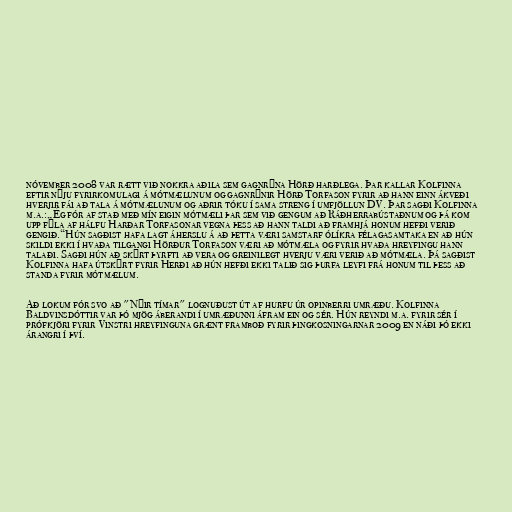
nóvember 2008 var rætt við nokkra aðila sem gagnrýna Hörð harðlega. Þar kallar Kolfinna
eftir nýju fyrirkomulagi á mótmælunum og gagnrýnir Hörð Torfason fyrir að hann einn ákveði
hverjir fái að tala á mótmælunum og aðrir tóku í sama streng í umfjöllun DV. Þar sagði Kolfinna
m.a.:„Ég fór af stað með mín eigin mótmæli þar sem við gengum að Ráðherrabústaðnum og þá kom
upp fýla af hálfu Harðar Torfasonar vegna þess að hann taldi að framhjá honum hefði verið
gengið.“Hún sagðist hafa lagt áherslu á að þetta væri samstarf ólíkra félagasamtaka en að hún
skildi ekki í hvaða tilgangi Hörður Torfason væri að mótmæla og fyrir hvaða hreyfingu hann
talaði. Sagði hún að skýrt þyrfti að vera og greinilegt hverju væri verið að mótmæla. Þá sagðist
Kolfinna hafa útskýrt fyrir Herði að hún hefði ekki talið sig þurfa leyfi frá honum til þess að
standa fyrir mótmælum.

Að lokum fór svo að "Nýir tímar" lognuðust út af hurfu úr opinberri umræðu. Kolfinna
Baldvinsdóttir var þó mjög áberandi í umræðunni áfram ein og sér. Hún reyndi m.a. fyrir sér í
prófkjöri fyrir Vinstri hreyfinguna grænt framboð fyrir þingkosningarnar 2009 en náði þó ekki
árangri í því.